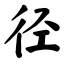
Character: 径